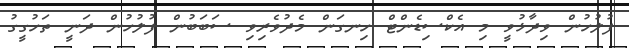
ފުލުހުން ވިދާޅުވީ މި އެކްސިޑެންޓް ހިނގަން މެދުވެރިވި ސަބަބުން ފުލުހުން ދަނީ ތަހުގީގު